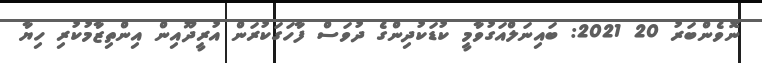
ނޮވެންބަރު 20 2021: ބައިނަލްއަގުވާމީ ކުޑަކުދިންގެ ދުވަސް ފާހަގަކުރަން އުރީދޫއިން އިންތިޒާމުކުރި ހިޔާ